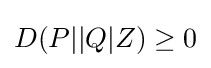
D(P||Q|Z)\geq 0